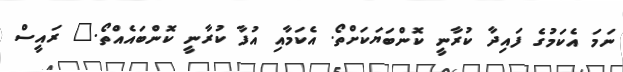
ނަމަ އެކަމުގެ ފައިދާ ކުރާނީ ކޮންބަޔަކަށްތޯ. އެކަމާއި އުފާ ކުރާނީ ކޮންބައެއްތޯ." ރައީސް